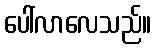
ပေါ်လာလေသည်။